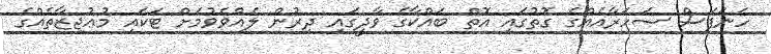
ހަނަފަސް ސަހަރާއެއްގެ ގޮތުގައި އޮތް ބައްކާގެ ވާދީގައި ދިރުން ލެއްވެވުމަށް ޓަކައި މުޢުޖިޒާތެއްގެ